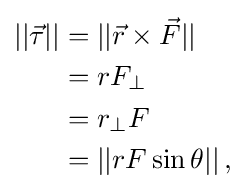
{\begin{aligned}||{\vec {\tau }}||&=||{\vec {r}}\times {\vec {F}}||\\&=rF_{\perp }\\&=r_{\perp }F\\&=||rF\sin \theta ||\,,\end{aligned}}